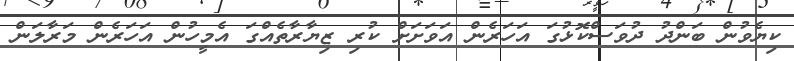
ކިޔެވުން ބަންދު ދުވަސްކޮޅުގަ އަހަރެން އަވަށަށް ކުރި ޒިޔާރާތެއްގަ އެމީހުން އަހަރެން މަރާލަން